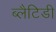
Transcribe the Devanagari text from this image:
ब्लैटिडी